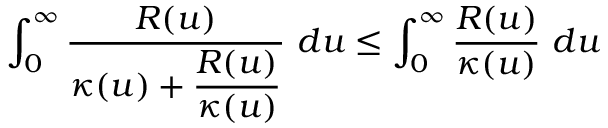
\int _ { 0 } ^ { \infty } \displaystyle \frac { R ( u ) } { \kappa ( u ) + \displaystyle \frac { R ( u ) } { \kappa ( u ) } } ~ d u \leq \int _ { 0 } ^ { \infty } \displaystyle \frac { R ( u ) } { \kappa ( u ) } ~ d u